Annual statistical returns and brief notes on vaccination in Bengal - 1887-1898
Year: 1887
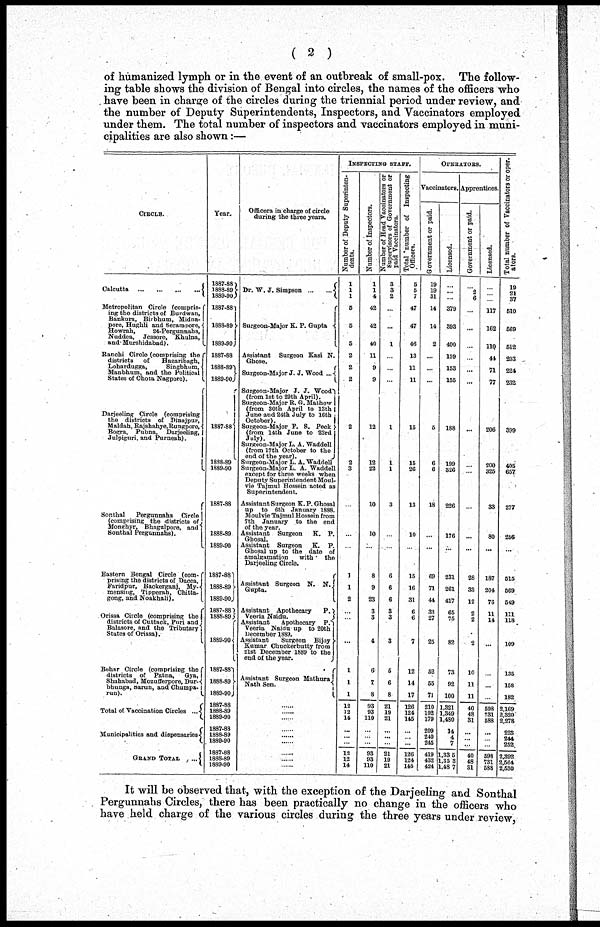
( 2 )
of humanized lymph or in the event of an outbreak of small-pox. The follow-
ing table shows the division of Bengal into circles, the names of the officers who
have been in charge of the circles during the triennial period under review, and
the number of Deputy Superintendents, Inspectors, and Vaccinators employed
under them. The total number of inspectors and vaccinators employed in muni-
cipalities are also shown:—
CIRCLE.
Calcutta
...
...
...
...
Metropolitan Circle (compris-
ing the districts of Burdwan,
Bankura, Birbhum, Midna-
pore, Hughli and Serampore,
Howrah,
24-Pergunnahs,
Nuddea, Jessore, Khulna,
and Murshidabad.
Ranchi Circle (comprising the
districts of
Hazaribagh,
Lohardugga,
Singbhum,
Manbhum, and the Political
States of Chota Nagpore).
Darjeeling Circle (comprising
the districts of Dinajpur,
Maldah, R a j s h a h y e , R u n g p o r e , B o g r a , Pubna, Darjeeling,
Julpiguri, and Purneah).
Sonthal
Pergunnahs Circle
(comprising the districts of
Monghyr, Bhagalpore, and
Sonthal Pergunnahs).
Eastern Bengal Circle (com-
prising the districts of Dacca,
Faridpur, Baokerganj, My-
mensing, Tipperah, Chitta-
gong, and Noakhali).
Orissa Circle (comprising the
districts of Cuttack, Puri and
Balasore, and the Tributary)
States of Orissa).
Behar Circle (comprising the
districts of Patna,
Gya,
Shahabad, Mozufferpore, Dur-
bhunga, Sarun, and Chumps.
run).
Total of Vaccination Circles ...
Municipalities and dispensaries
GRAND TOTAL.
Year.
1887-88
1888-89
1889-90
1887-88
1888-89
1889-90
1887-88
1888-89
1889-90
1887-88
1888-89
1889-90
1887-88
1888-49
1889-90
1887-88
1888-89
1889-90
1887-88
1888-89
1889-90
1887-88
1888-89
1889-90
1887-88
1888-89
1889-90
1887-88
1888-89
1889-90
1887-88
1888-89
1889-90
Officers in charge of circle
during the three years.
DR. W. J. Simpson
...
...
Surgeon-Major K. P. Gupta
Assistant Surgeon Kasi N.
Ghose.
Surgeon-Major J. J. Wood ...
Surgeon-Major J. J. Wood
(from 1st to 29th April).
Surgeon-Major B. G. Mathew
(from 30th April to 13th
June and 24th July to 16th
October).
Surgeon-Major P. S. Peck
(from 14th June to 23rd
July).
Surgeon-Major L. A. Waddell
(from 17th October to the
end of the year).
Surgeon-Major L. A. Waddell
Surgeon-Major L. A. Waddell
except for three weeks when
Deputy Superintendent Moul-
vie Tajmul Hossein acted as
Superintendent.
Assistant Surgeon K. P. Ghosal
up to 6th January 1888.
Moulvie Tajmul Hossein from
7th January to the end
of the year.
Assistant Surgeon K. P.
Ghosal.
Assistant Surgeon K. P.
Ghosal up to the date of
amalgamation
with
the
Darjeeling Circle.
Assistant Surgeon N. N.
Gupta.
Assistant Apothecary
P.
Veeria Naidu.
Assistant
Apothecary P.
Veeria Naidu up to 20th
December 1889.
Assistant
Surgeon Bijoy
Kumar Chuokerbutty from
21st December 1889 to the
end of the year.
Assistant Surgeon Mathura
Nath Sen.
......
......
......
......
......
......
......
......
......
INSPECTING STAFF.
Number of Deputy Superinten-
dents.
1
1
1
5
5
5
2
2
2
2
2
3
...
...
...
1
1
2
...
...
...
1
1
1
12
12
14
...
...
...
12
12
14
Number of Inspectors.
1
1
4
42
42
40
11
9
9
12
12
22
10
10
...
8
9
23
3
3
4
6
7
8
93
93
110
...
...
...
93
93
110
Number of Head Vaccinators or
Supervisors of Government or
paid Vaccinators.
3
3
2
...
...
1
...
...
...
1
1
1
3
...
...
6
6
6
3
3
3
5
6
8
21
19
21
...
...
...
21
19
21
Total number of Inspecting
Officers.
5
5
7
47
47
46
13
11
11
15
15
26
13
10
...
15
16
31
6
6
7
12
14
17
126
124
145
...
...
...
126
124
145
OPERATORS.
Vaccinators.
Government or paid.
19
19
31
14
14
2
...
...
...
5
6
6
18
...
...
69
71
44
33
27
25
52
55
71
210
192
179
209
240
245
419
432
424
Licensed.
...
...
...
379
393
400
159
153
155
188
199
326
226
176
...
231
261
417
65
75
82
73
92
100
1,321
1,349
1,480
14
4
7
1,33 5
1,35 3
1,48 7
Apprentices.
Government or paid.
...
2
6
...
...
...
...
...
...
...
...
...
...
...
...
28
33
12
2
2
2
10
11
11
40
48
31
...
...
...
40
48
31
Licensed.
...
...
...
117
162
110
44
71
77
206
200
325
33
80
...
187
204
76
11
14
...
...
...
...
598
731
588
...
...
...
598
781
588
Total number of Vaccinators or oper-
ators.
19
21
37
510
569
512
203
224
232
399
405
657
277
256
...
515
569
549
111
118
109
135
158
182
2,169
2,320
2,278
223
244
252
2,392
2,564 2,530
It will be observed that, with the exception of the Darjeeling and Sonthal
Pergunnahs Circles, there has been practically no change in the officers who
have held charge of the various circles during the three years under review,